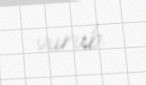
vurub.